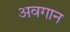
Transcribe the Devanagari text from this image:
अवगान